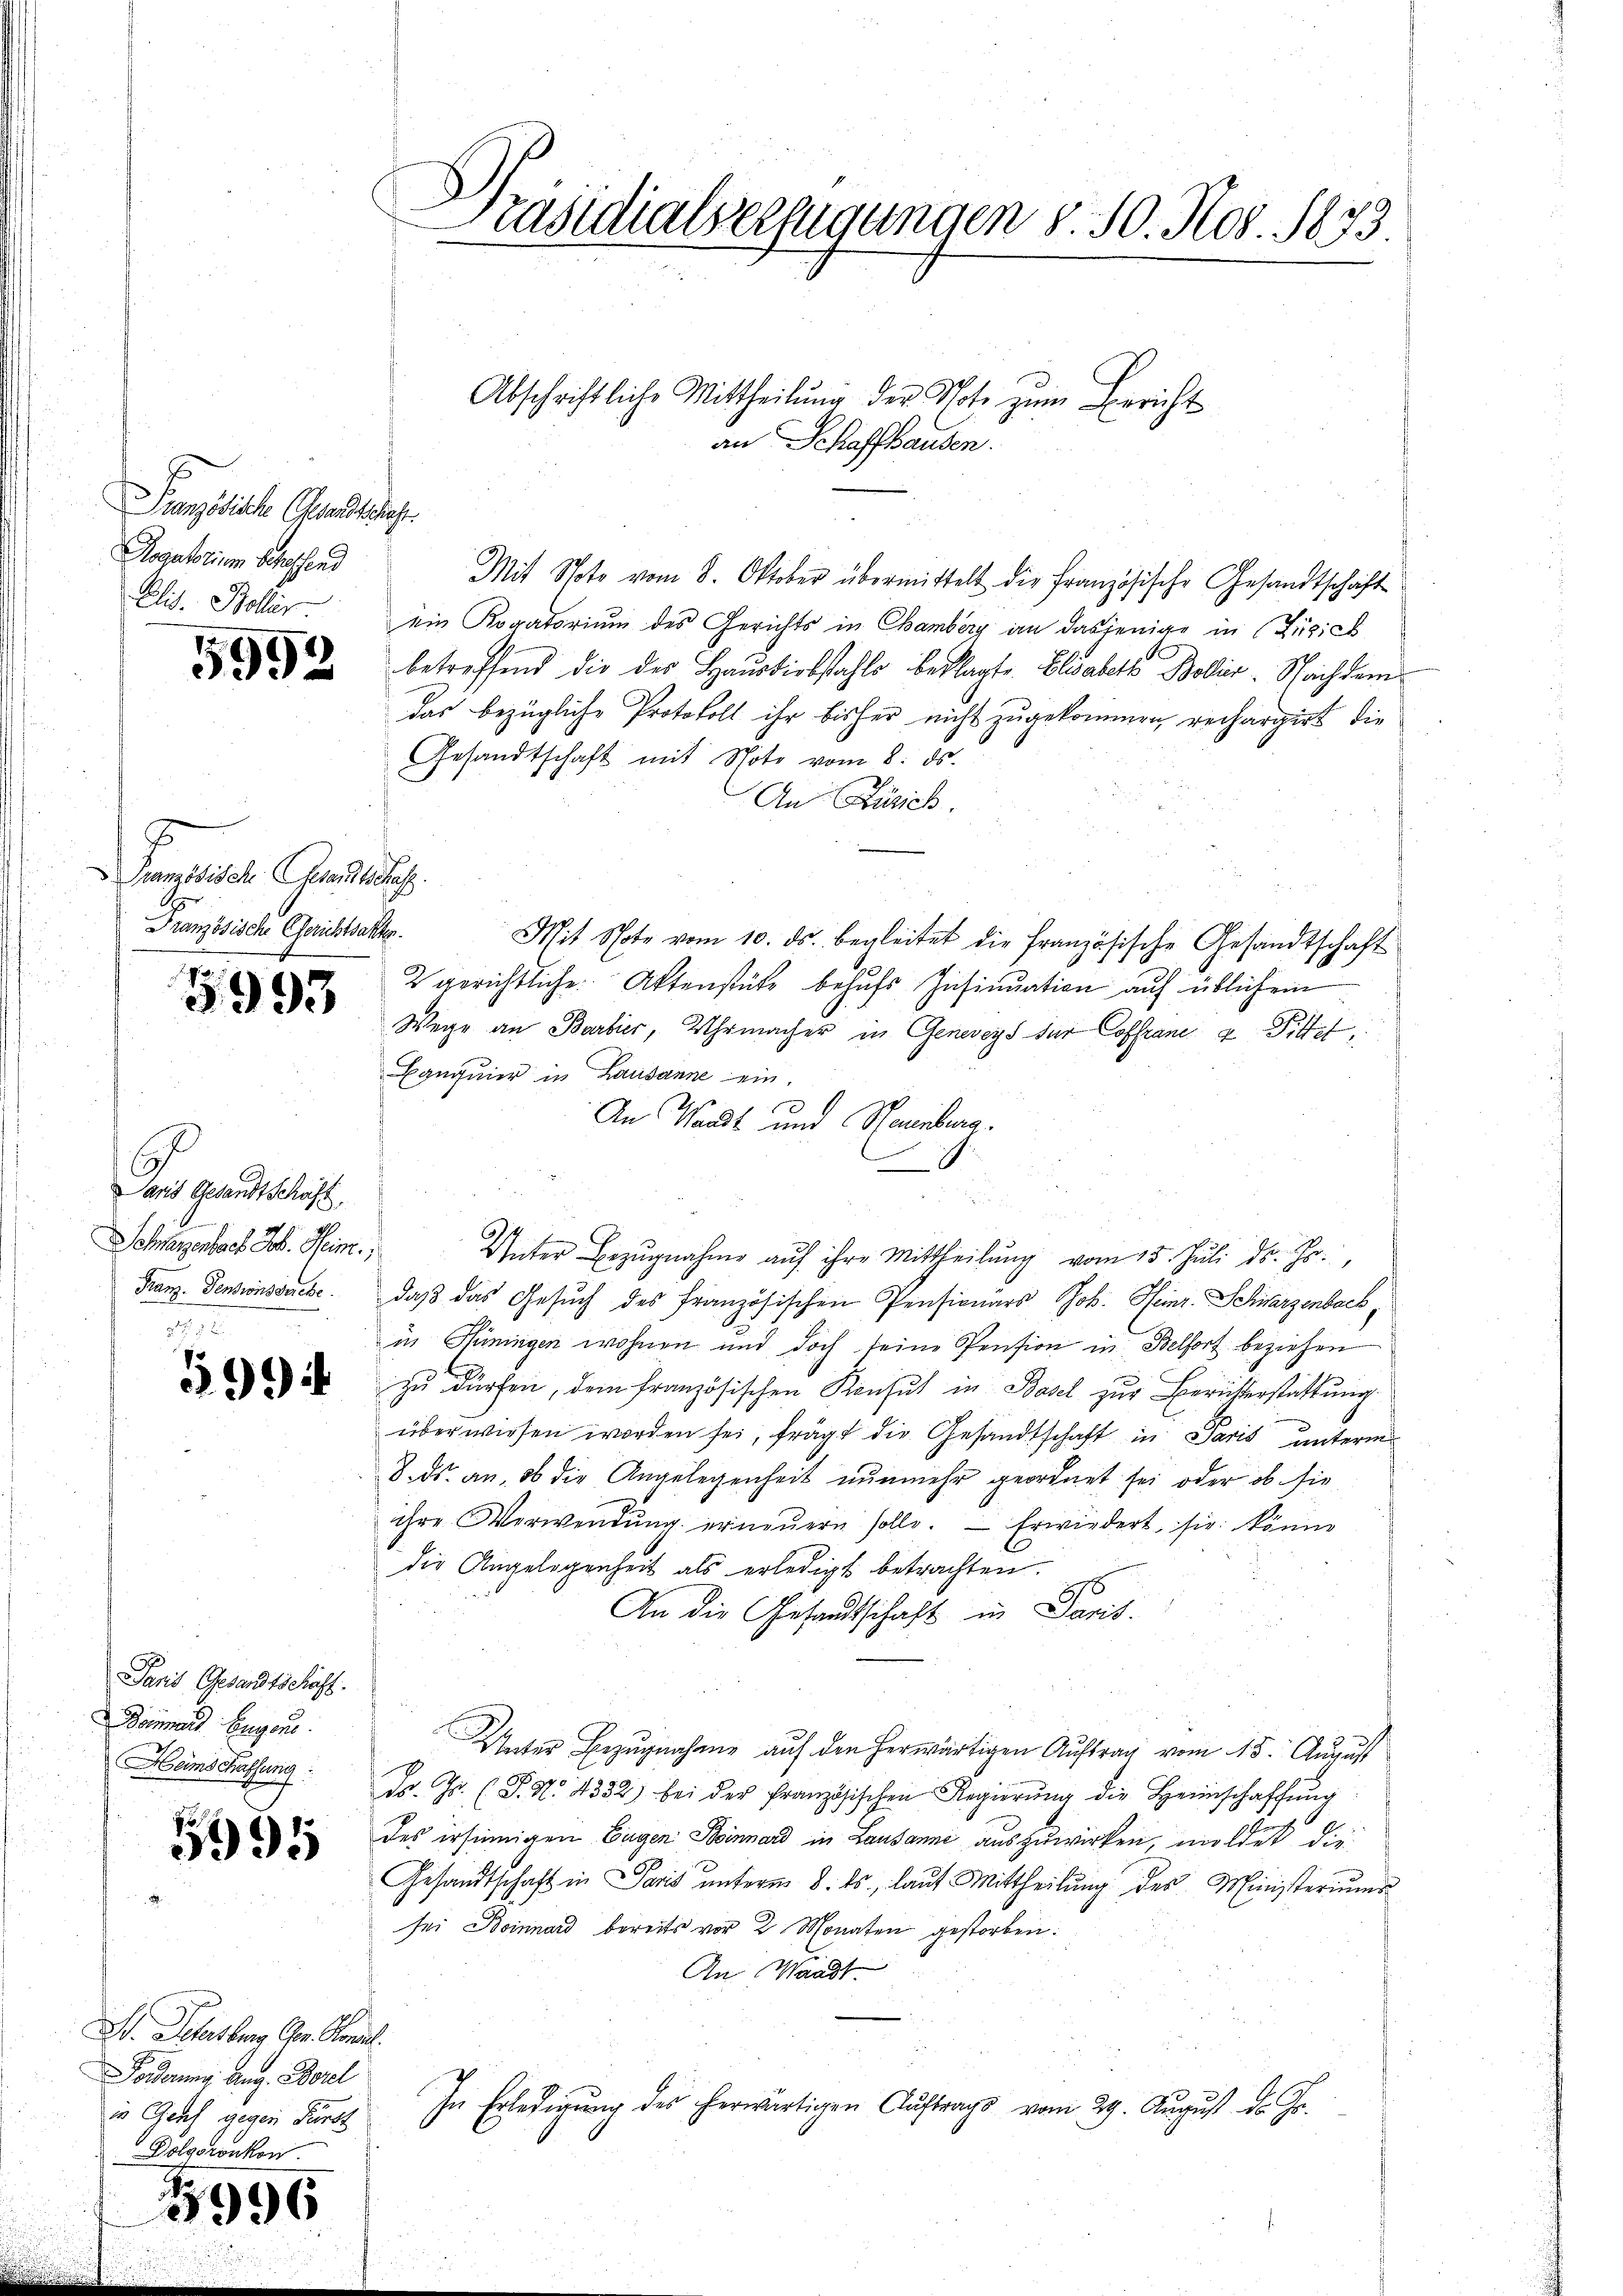
Französische Gesandtschaf
Rogatorium betreffend
Elis. Boller

5992

.
Granzösisch Gesandtschaf
Französische Gerichtsakten.

3993

aris Gesandtschäft,
Schlagenbach Joh. Heim.
Franz. Pensionsderche

5994

Paris Gesandtschaft.
Beinand Eugens.
HHeimschaffung

5995

W. Petersburg Chr. Konsil.
Forderung Aug. Borel
in Genf gegen Fürst
Dolgoronkon

5996

d
räsidialverfügungen d. 30. Nov. 1873.

Mit Note vom 8. Oktober übermittelt die Französische Gesandtschaft
ein Koratorium des Gerichts in Chamberg an dasjenige in Zusick
betreffend die des Hausdiebstahls beklagte Elisabeth Bollier-Schachdem
das bezügliche Protokoll ihr bisher nicht zugekommen rechargirt, die
Gesandtschaft mit Note vom 8. ds.
An Zürich.
Mit Schote vom 10. ds. begleitet die Französische Gesandtschaft
2 gerichtliche Aktenstütz behufs Insinuation auf üblichem
Wege an Barbier, Uhrmacher in Geneveys für Coffranc u Pittet,
Banquier in Lausanne ein.
An Waadt und Neuenburg.
Unter Bezŭgnahme aŭf ihre Mittheilŭng vom 15. Jŭli d. Js.,
daß das Gesuch des französischen Pensionärs Joh. Heinr. Schwarzenbach,
in Hüningen wohnen und doch seine Pension in Belfort beziehen
zu dürfen, dem französischen Konsul in Basel zur Berichterstattung
überwiesen worden sei, frägt die Gesandtschaft in Paris unterm
8. ds. an, ob die Angelegenheit nunmehr geordnet sei oder ob sie
ihre Verwendŭng erneŭern solle. Erwiedert, sie könne
die Angelegenheit als erledigt betrachten.
An die Gesandtschaft in Paris.
Unter Bezŭgnahme aŭf den herwärtigen Aŭftrag vom 15. August
dr. Js. (T. N. 4352) bei der französischen Regierŭng die Heimschaffŭng
des ersinnigen Eugen Steinnard in Lausanne auszuwirken, meldet die
Gesandtschaft in Paris ŭnterm 8. ds., laŭf Mittheilŭng der Ministerium
sei Boinnard bereits vor 2 Monaten gestorben:
An Waadt
In Erledigung des herwärtigen Auftrags vom 29. August d. Js.

Abschriftliche Mittheilŭng der Note zum Bericht
an Schaffhausen.